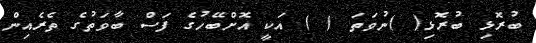
ބުރޮޅި ބުރޮޅި( )ނުވަތަ ( ) އަކީ އޮށްބޭހުގެ ފަސް ބާވަތުގެ ތެރެއިން